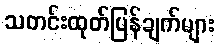
သတင်းထုတ်ပြန်ချက်များ